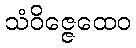
သံဝိဇ္ဇေထေဝ